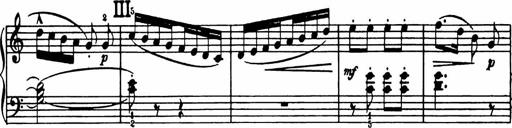
Title: Analytical Sonatinas
Composer: Frank Lynes